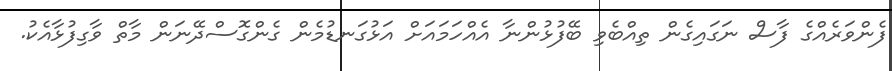
ފެންވަރެއްގެ ފާސް ނަގައިގެން ތިއްބެވި ބޭފުޅުންނާ އެއްހަމައަށް އަޅުގަނޑުމެން ގެންގޮސްދޭނަން މާތް ވާގިފުޅާއެކު.